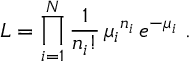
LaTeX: { \cal L } = \displaystyle \prod _ { i = 1 } ^ { N } \frac { 1 } { n _ { i } ! } \, { \mu _ { i } } ^ { n _ { i } } \, e ^ { - \mu _ { i } } \ .